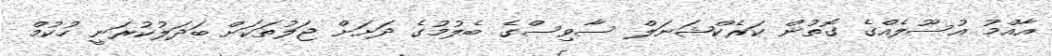
އާއްމު އުސޫލެއްގެ ގޮތުން ކަރެކްޝަނަލް ސާވިސްގެ ބެލުމުގެ ދަށަށް ޖަލުތަކަށް ބަދަލުކުރަނީ ހުކުމް